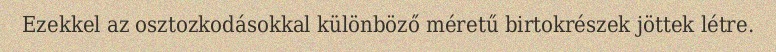
Ezekkel az osztozkodásokkal különböző méretű birtokrészek jöttek létre.